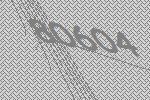
80604